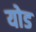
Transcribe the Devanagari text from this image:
योड